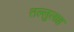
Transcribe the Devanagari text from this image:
तल्लुलाह